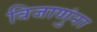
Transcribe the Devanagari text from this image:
विजाणुंना